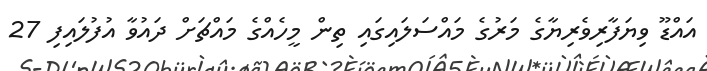
އައްޑޫ ވިޔަފާރިވެރިޔާގެ މަރުގެ މައްސަލައިގައި ތިން މީހެއްގެ މައްޗަށް ދައުވާ އުފުލައިފި 27